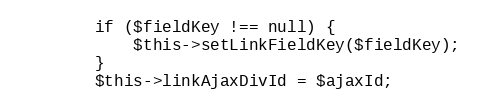
Language: PHP
        if ($fieldKey !== null) {
            $this->setLinkFieldKey($fieldKey);
        }
        $this->linkAjaxDivId = $ajaxId;